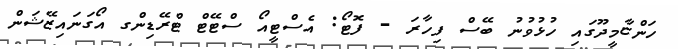
ހަންޏާމީދޫގައި ހުޅުވުނު ބޭސް ފިހާރަ - ފޮޓޯ: އެސްޓީއޯ ސްޓޭޓް ޓްރޭޑިންގ އޯގަނައިޒޭޝަން